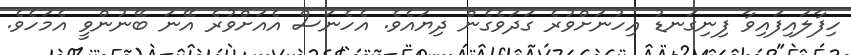
ހިފާލައިފައިވާ ފިނިގަނޑު އިހުނަށްވުރެ ގަދަވެގެން ދިޔައެވެ. އެހެނަސް އެއަށްވުރެ އޭނަ ބޭނުންވީ އެމަހެވެ.